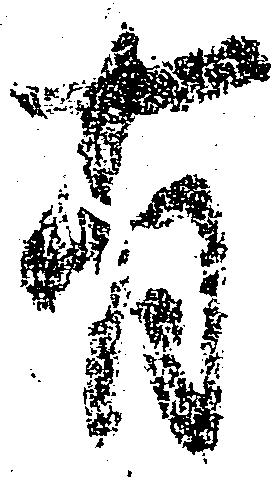
有